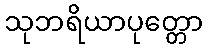
သုဘရိယာပုတ္တော